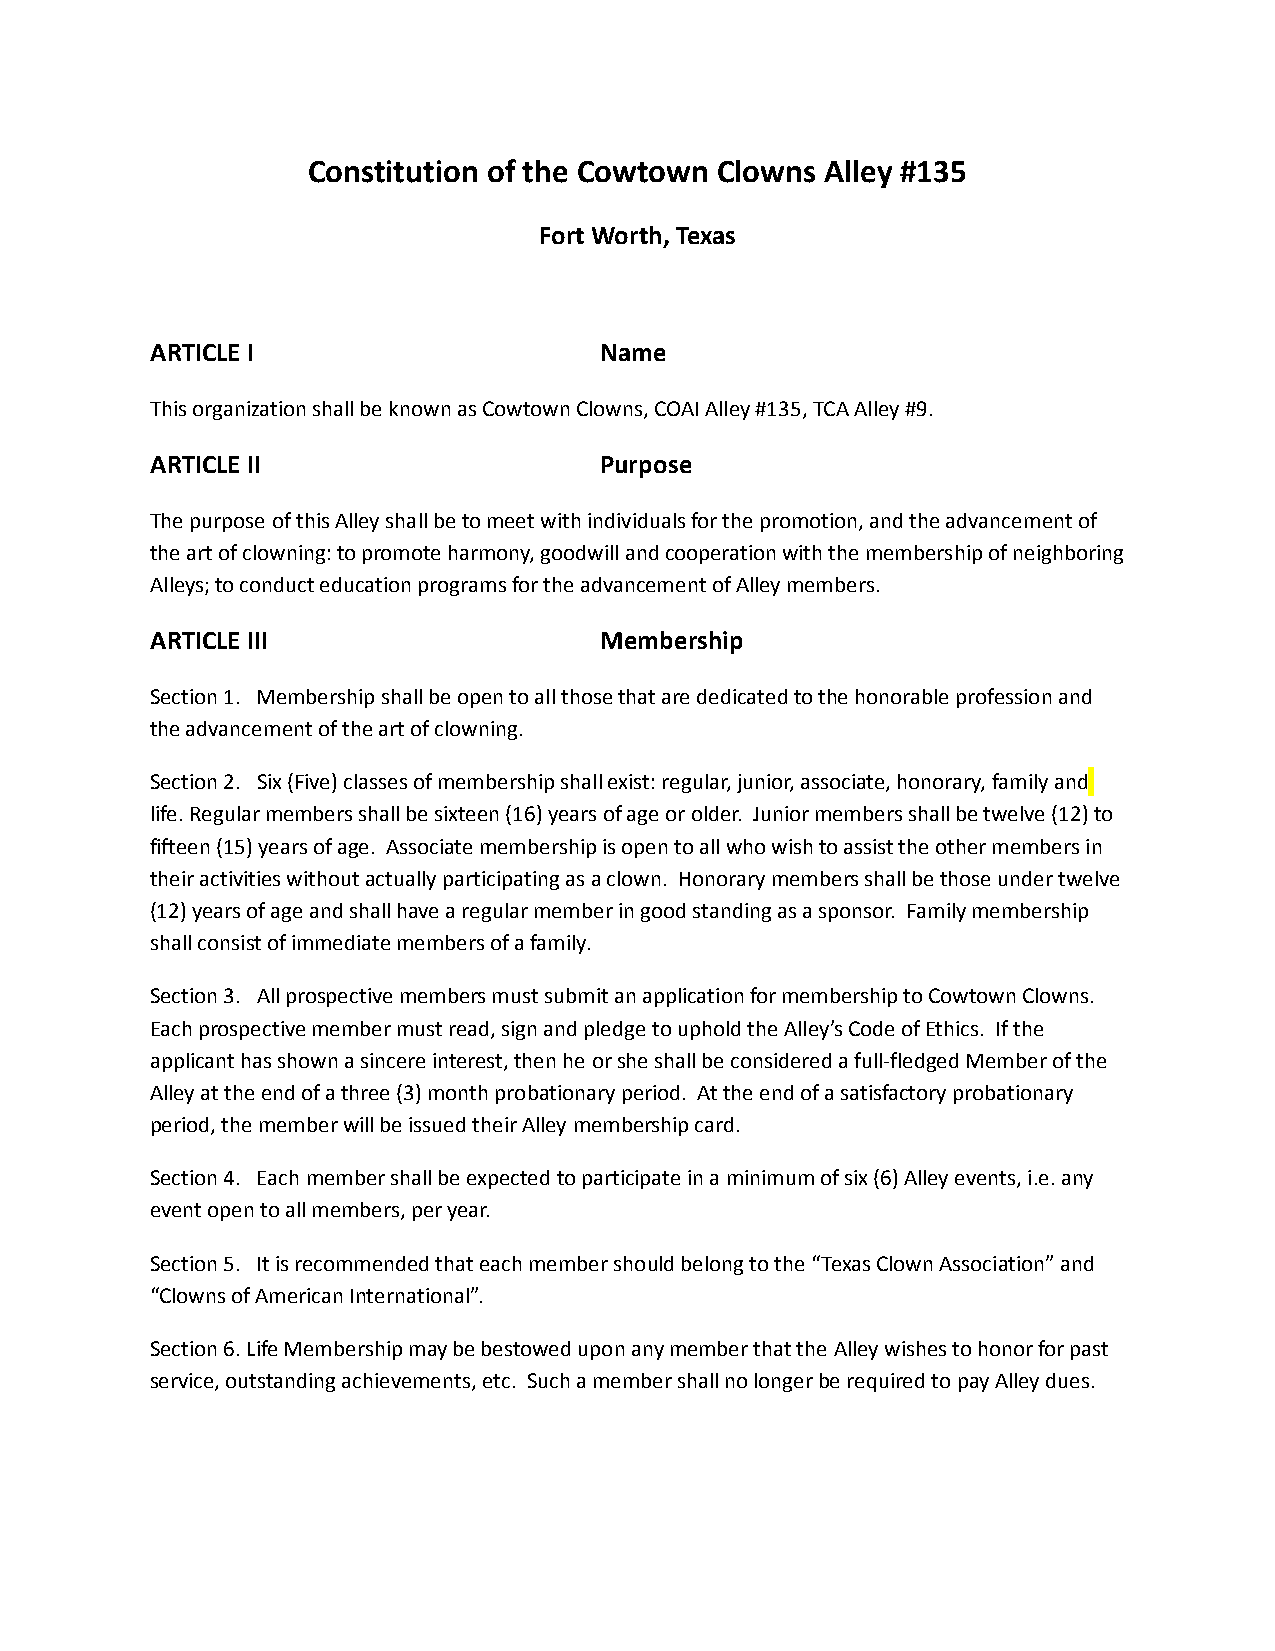
Constitution of the Cowtown Clowns Alley #135
 Fort Worth, Texas
 ARTICLE I                     Name
 This organization shall be known as Cowtown Clowns, COAI Alley #135, TCA Alley #9.
 ARTICLE II                    Purpose
 The purpose of this Alley shall be to meet with individuals for the promotion, and the advancement of
 the art of clowning: to promote harmony, goodwill and cooperation with the membership of neighboring
 Alleys; to conduct education programs for the advancement of Alley members.
 ARTICLE III                   Membership
 Section 1. Membership shall be open to all those that are dedicated to the honorable profession and
 the advancement of the art of clowning.
 Section 2. Six (Five) classes of membership shall exist: regular, junior, associate, honorary, family and
 life. Regular members shall be sixteen (16) years of age or older. Junior members shall be twelve (12) to
 fifteen (15) years of age. Associate membership is open to all who wish to assist the other members in
 their activities without actually participating as a clown. Honorary members shall be those under twelve
 (12) years of age and shall have a regular member in good standing as a sponsor. Family membership
 shall consist of immediate members of a family.
 Section 3. All prospective members must submit an application for membership to Cowtown Clowns.
 Each prospective member must read, sign and pledge to uphold the Alley’s Code of Ethics. If the
 applicant has shown a sincere interest, then he or she shall be considered a full-fledged Member of the
 Alley at the end of a three (3) month probationary period. At the end of a satisfactory probationary
 period, the member will be issued their Alley membership card.
 Section 4. Each member shall be expected to participate in a minimum of six (6) Alley events, i.e. any
 event open to all members, per year.
 Section 5. It is recommended that each member should belong to the “Texas Clown Association” and
 “Clowns of American International”.
 Section 6. Life Membership may be bestowed upon any member that the Alley wishes to honor for past
 service, outstanding achievements, etc. Such a member shall no longer be required to pay Alley dues.